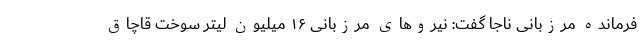
فرمانده مرزبانی ناجا گفت: نیرو‌های مرزبانی ۱۶ میلیون لیتر سوخت قاچاق